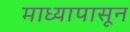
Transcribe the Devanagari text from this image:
माध्यापासून